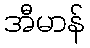
အီမာန်